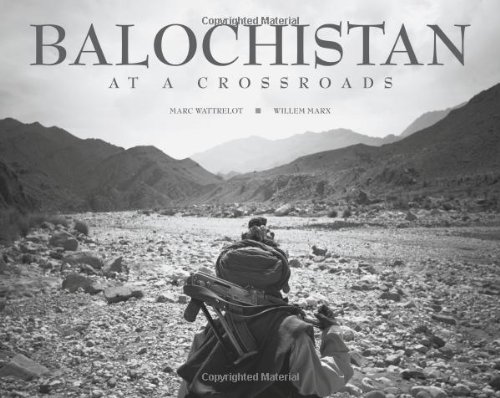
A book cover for Balochistan: At a Crossroads; Willem Marx; Travel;